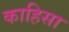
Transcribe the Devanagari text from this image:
काहिसा